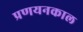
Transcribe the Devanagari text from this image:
प्रणयनकाल